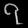
Digit: ၇